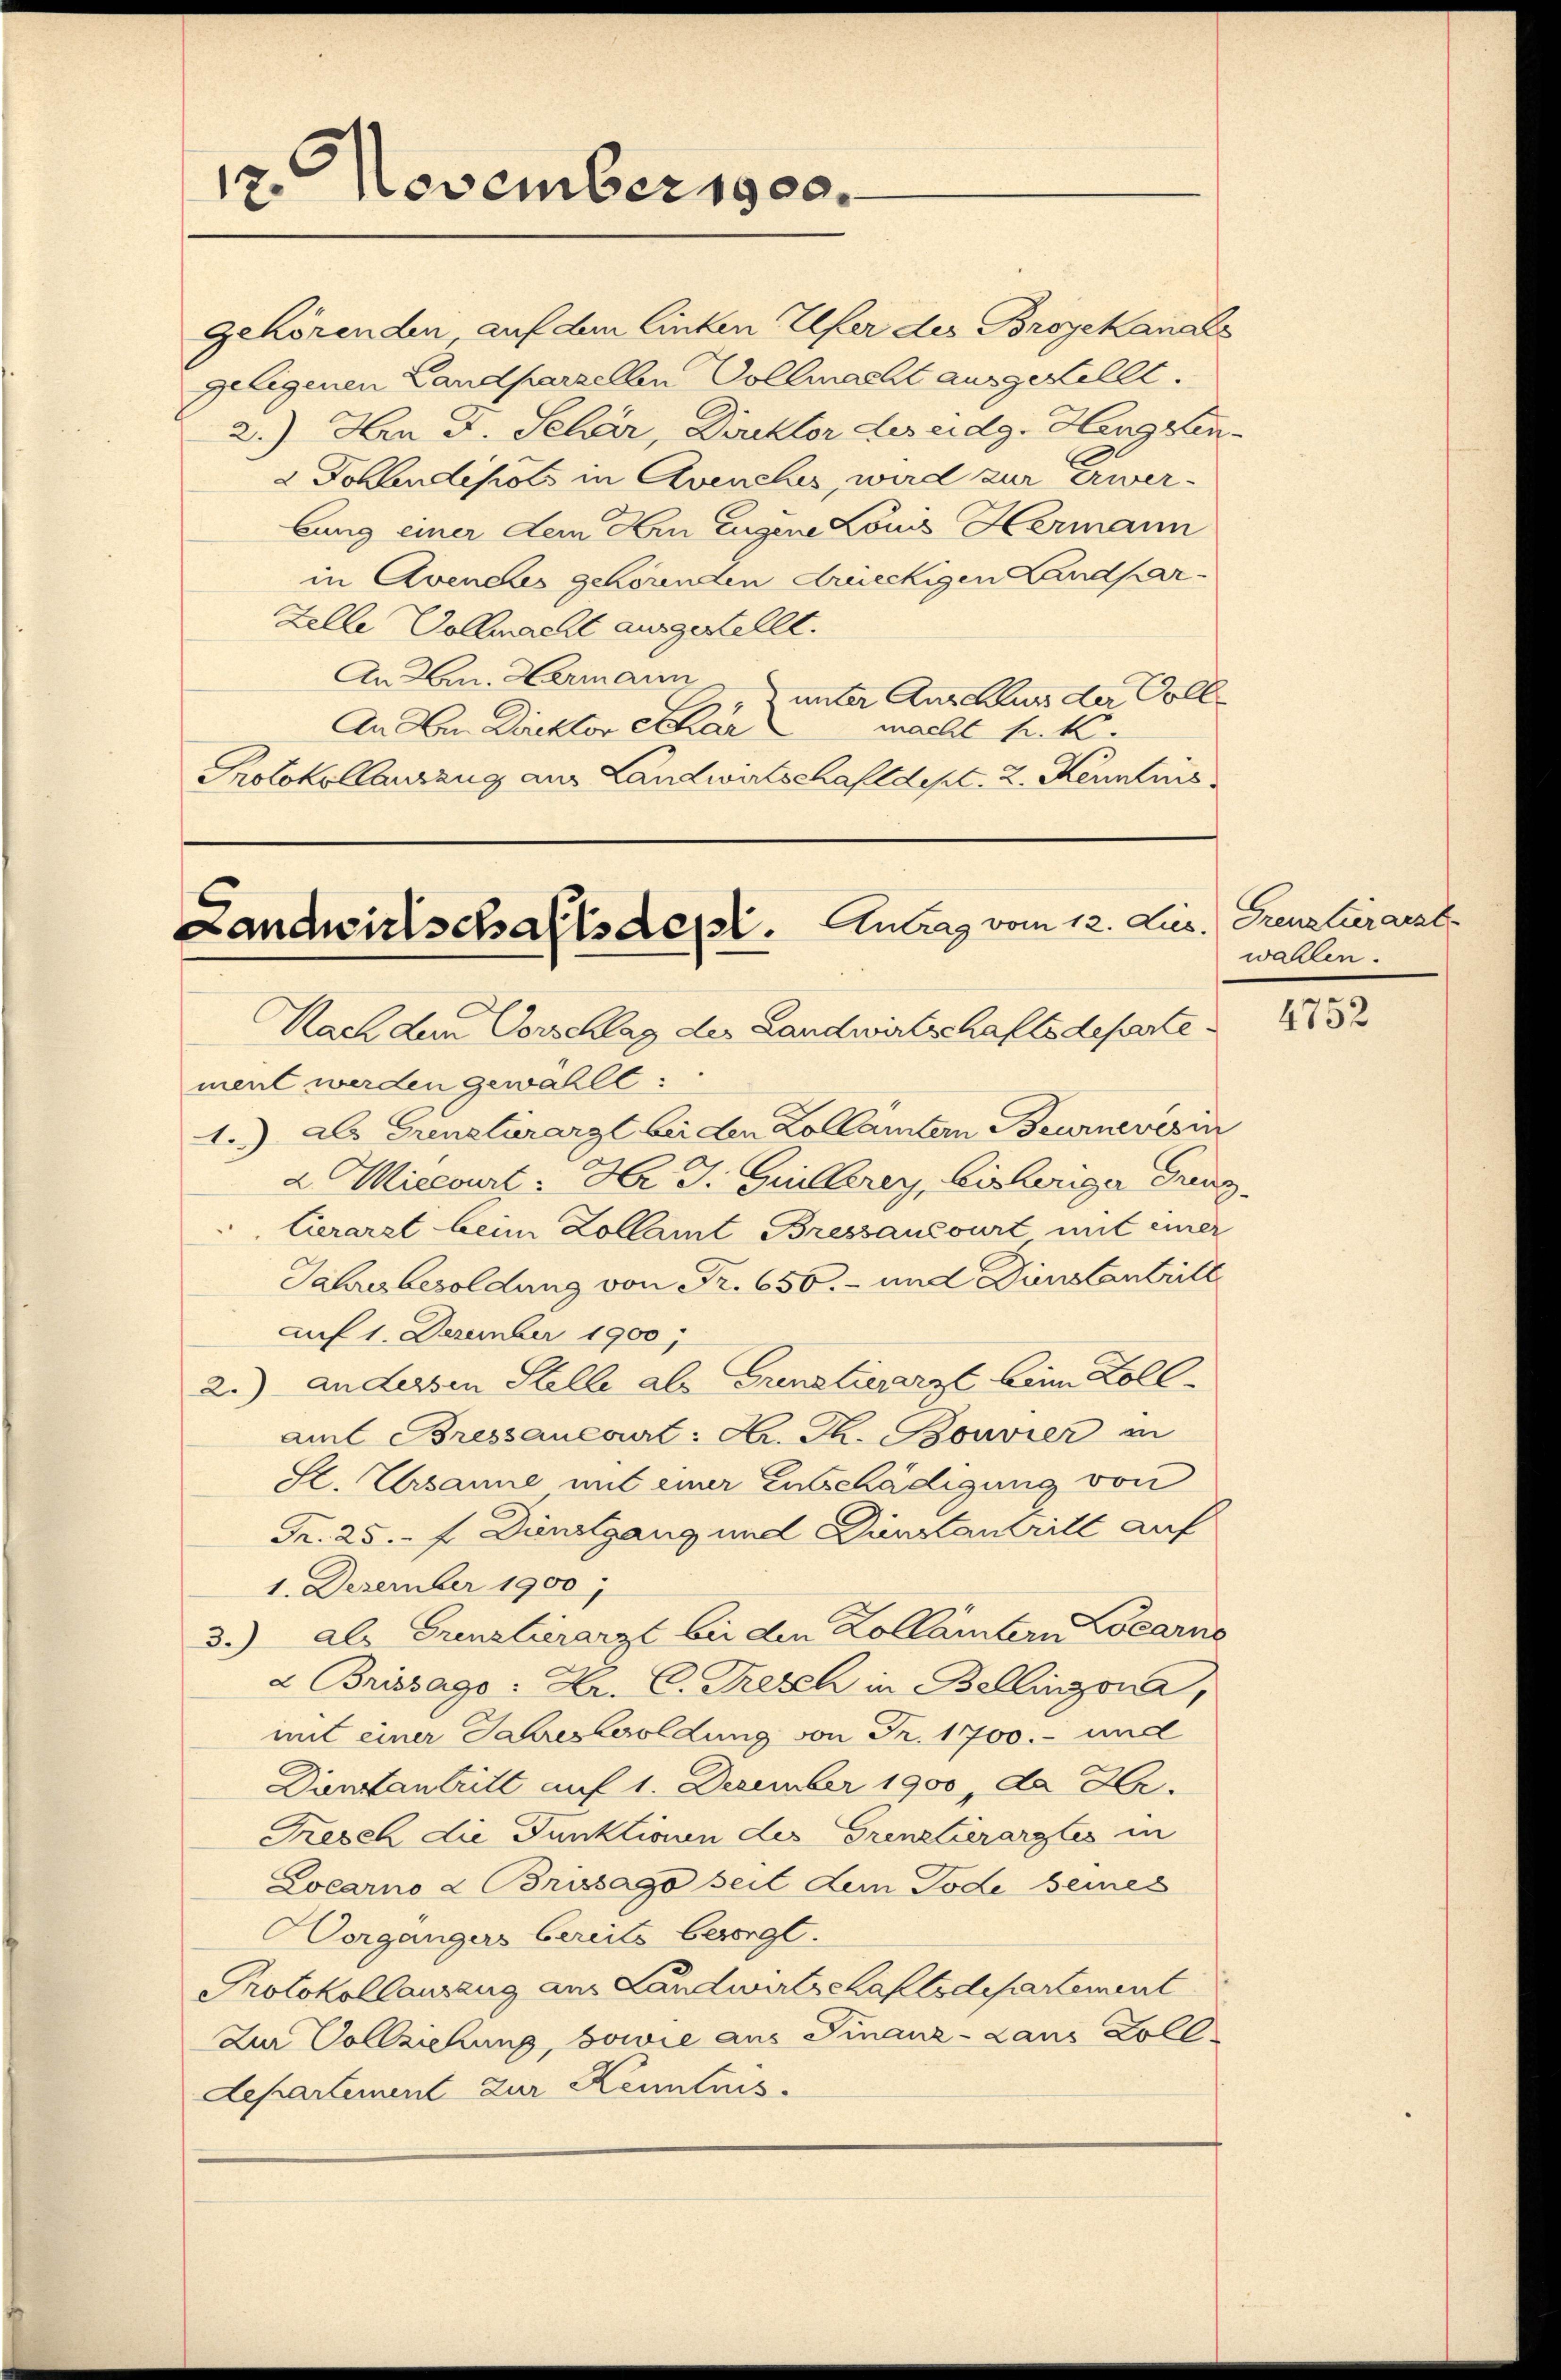
12. November 1900.

gehörenden, auf dem linken Elfer des Broyekanals
geligenen Landparzellen Vollmacht ausgestellt.
2.) An D. Selver, Direktor des eidg. Hengsten-
 Dohlendepots in Avenches, wird zur Erwerbung einer dem Hrn Eugene Louis Hermann
in Aveneus gehörenden dreieckigen Landpar
Zelle Vollmacht ausgestellt.
An Hrn. Hermann
unter Anschluss der Voll¬
An Aen Direktor Schar
macht k. k.
Protokollauszug aus Landwirtschaft dept. 2. Kenntnis

Landwirtschaftsdest. Antrag vom 12. Lis.

Nach dem Vorschlag der Landwirtschaftsdeparte.
ment werden gewählt:
1.) als Grenstärarzt bei den Zollamtern Beurnevesin
dMiecourt Hr. J. Guillerey, bisheriger Grenz
Gerarzt beim Zollamt Bressancourt mit einer
Jahresbesoldung von Fr. 650.- und Dienstantritt
auf 1. Dezember 1900)
2.) Andersen Stelle als Grenztierarzt beim Zoll-
amt Bressancourt: Hr. Th. Bouvier in
Sl. Ursanne mit einer Entschädigung von
Fr. 25. f. Dienstgang und Dunstantrill auf
1. Dezember 1900)
3.) als Grenzlerarzt bei den Zollämtern Bearne
2 Brissago : Hr. C. Frisch in Bellinzona,
mit einer Jahresbesoldung von Fr. 1700.- und
Dienstantritt auf 1. Dezember 1900, da Hr.
Fresen die Punktionen des Grenztierarztes in
Locarno 2 Brissago seit dem Tode seines
organgers bereits besorgt.
Protokollauszug aus Landwirtschaftsdepartement
Zur Vollziehung, sowie aus Finanz- Laus Zolldepartement zur Kenntnis.

Grenztuerarzt
wallen.

.
4732